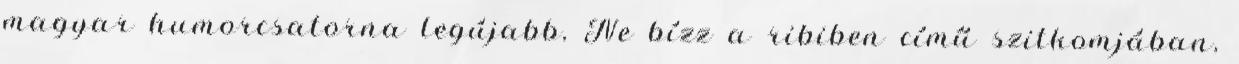
magyar humorcsatorna legújabb, Ne bízz a ribiben című szitkomjában,